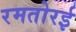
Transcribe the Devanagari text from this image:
रमतोरई